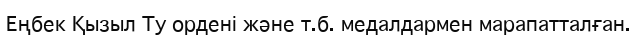
Еңбек Қызыл Ту ордені және т.б. медалдармен марапатталған.